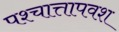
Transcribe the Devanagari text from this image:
पश्चात्तापवश